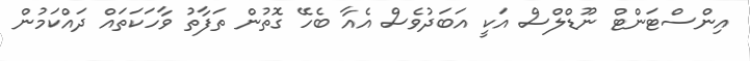
އިންސްޓަންޓް ނޫޑްލްސް އަކީ އަބަދުވެސް އެއާ ބެހޭ ގޮތުން ތަފާތު ވާހަކަތައް ދައްކަމުން